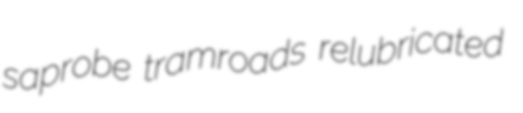
saprobe tramroads relubricated